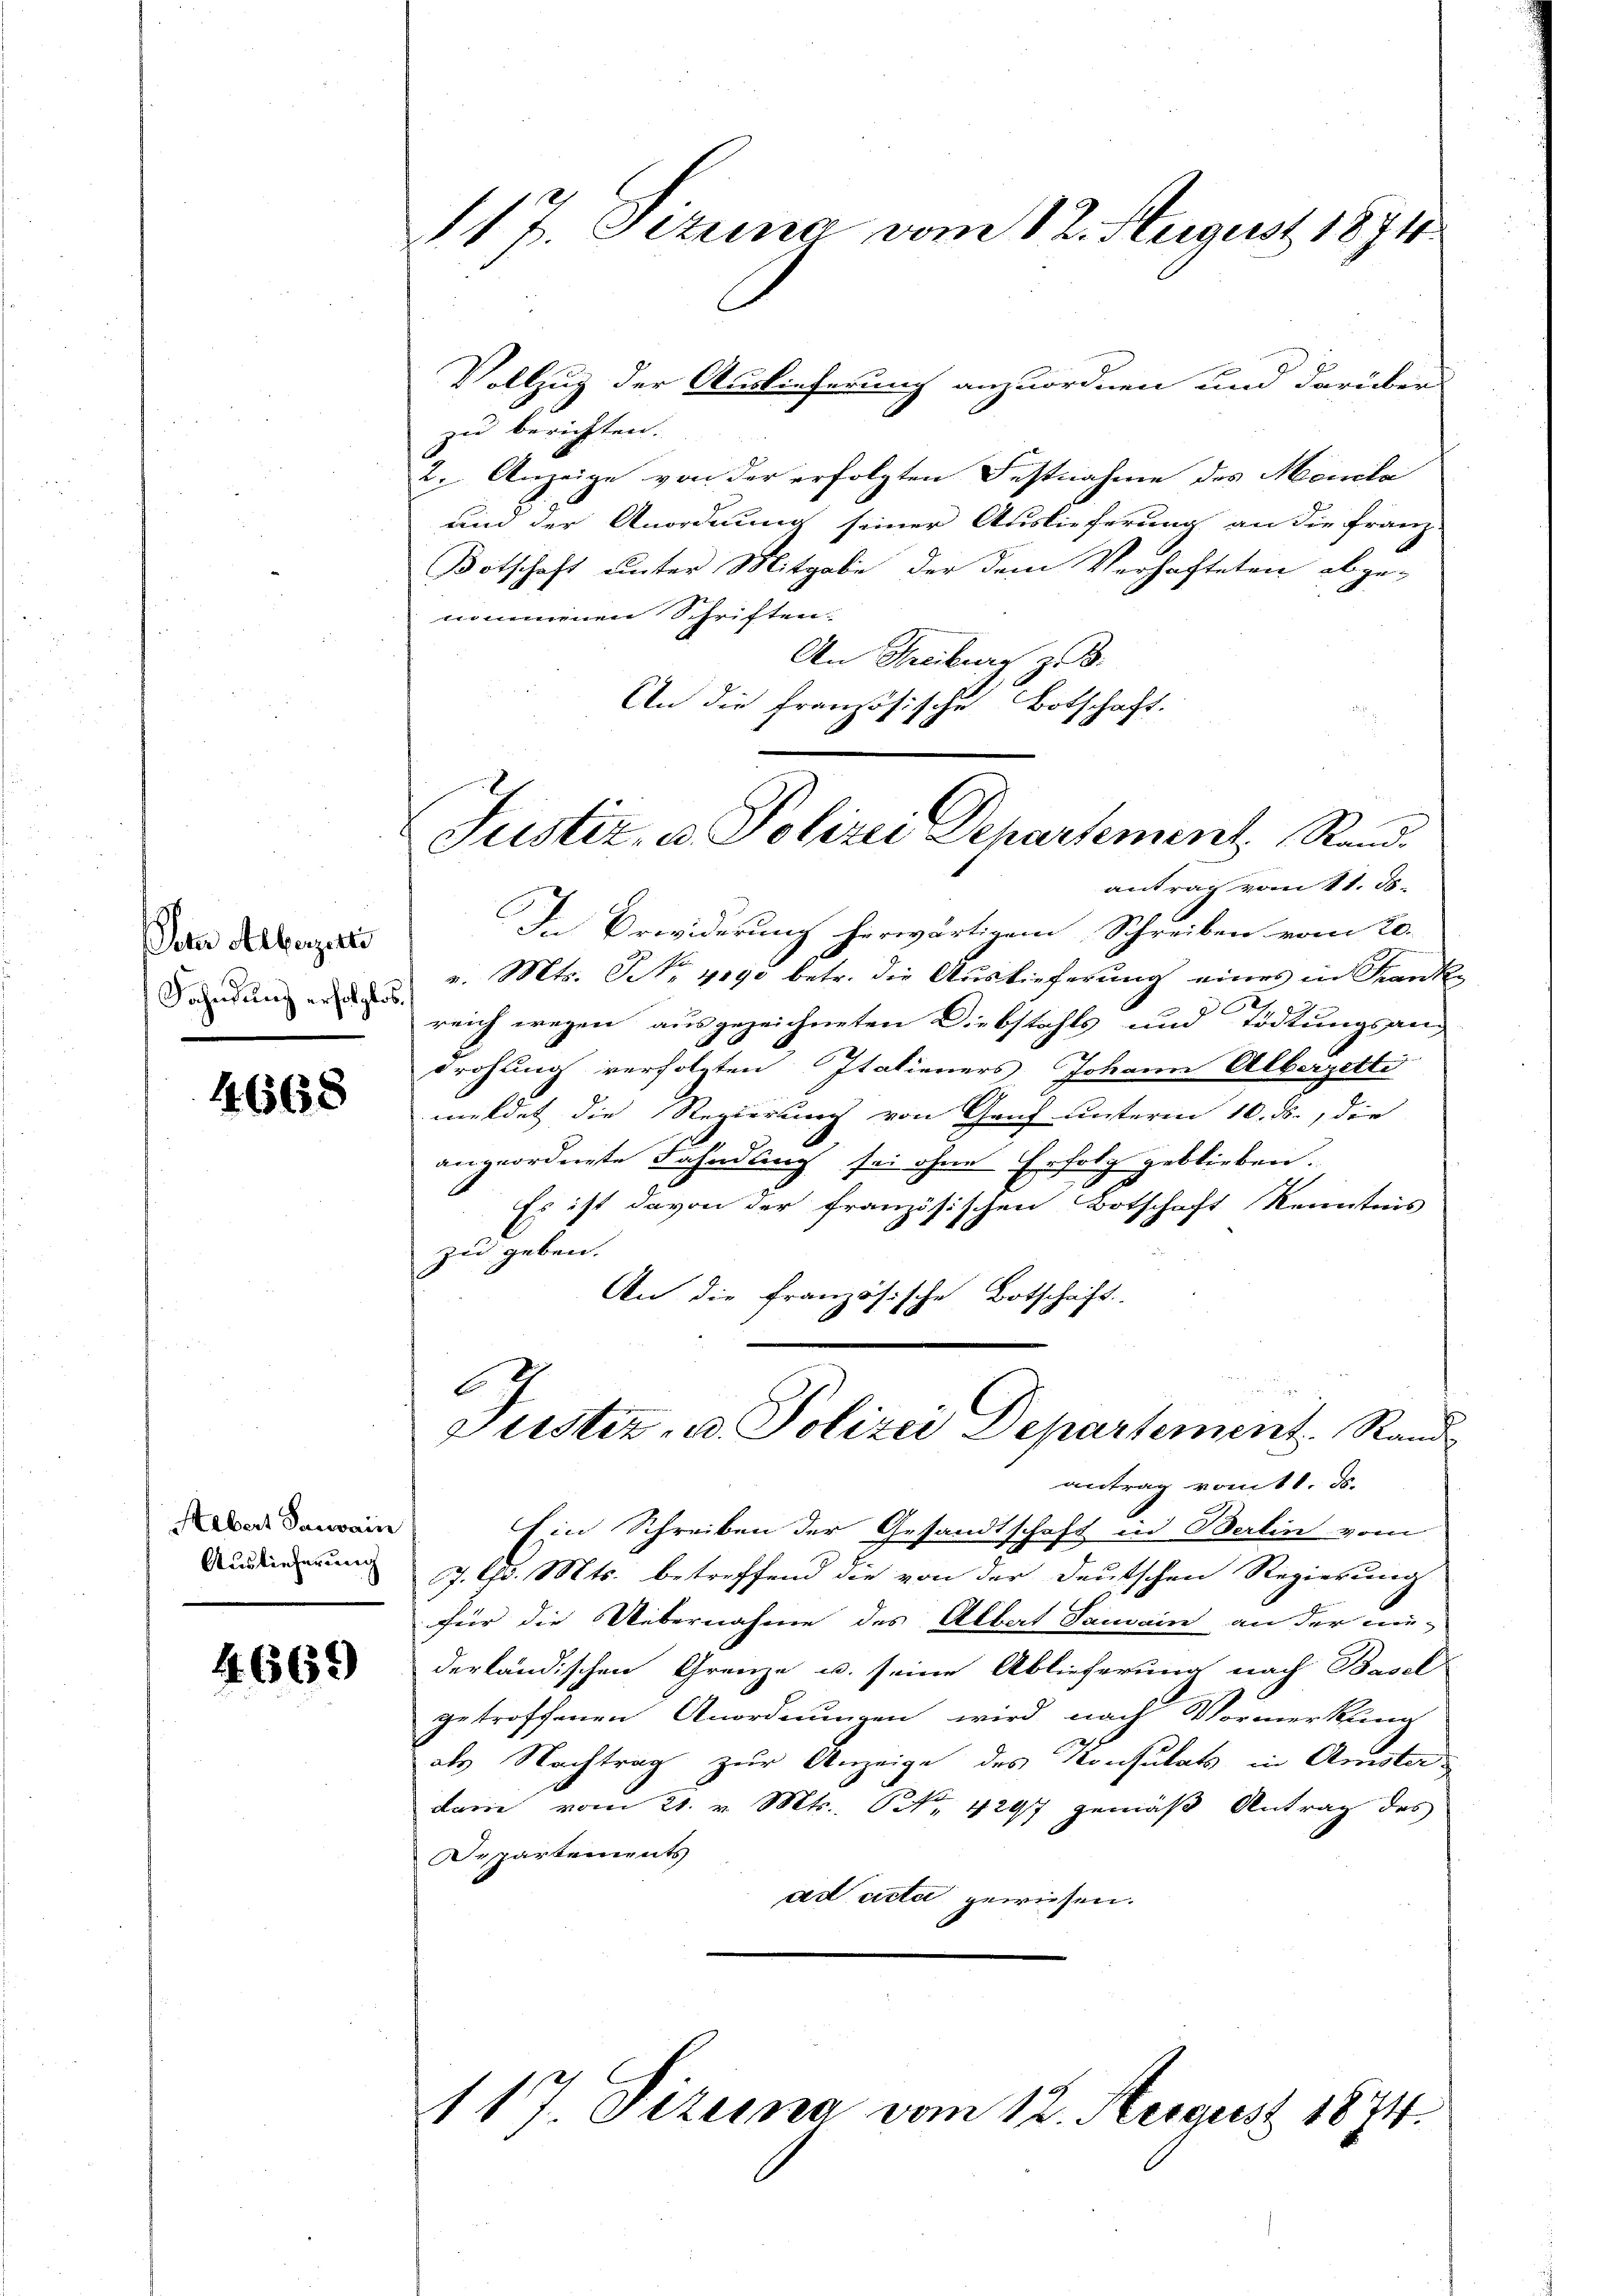
ern Alberzeiti
Fahndung erfolgtes.

4668

Aebert Pauvain
Auslieferung

4.669

17. Jezung vom 12. August 1874

Vollzug der Auslieferung anzuordnen und darüber
zu berichten.
2. Anzeige von der erfolgten Festnahme des Monila
und der Anordnung seiner Auslieferung an die Franz
Botschaft unter Mitgabe der dem Verhafteten abgenommenen Schriften.
An Freiburg z. B.
An die Französische Botschaft.
antrag vom 11. ds.
In Erwiderung herwärtigem Schreiben vom 20.
v. Mts. No. 4090 betr. die Auslieferung eines in Franke
2
reich wegen ausgezeichneten Diebstahls und Tödtungsan-
drohung verfolgten Italieners Johann Albergetti
meldet die Regierung von Gruf unterm 10. ds., die
angeordnete Fahndung sei ohne Erfolg geblieben.
Es ist davon der französischen Botschaft Kenntnis
zu geben.
An die französische Botschaft.
6
Puester, u. Polizei Departement. Rand
antrag vom 11. ds.
Ein Schreiben der Gesandtschaft in Berlin vom
J. Ad. Mts. betreffend die von der deutschen Regierung
für die Uebernahme des Albert Samain an der an-
derländischen Grenze u. seine Ablieferung nach Basel
getroffenen Anordnungen wird nach Vormerkung
als Nachtrag zur Anzeige des Konsulats in Amster
dam vom 21. v. Mts. (N. 42977 gemäß Antrag des
Departements
ad acta gewiesen.

Justiz, u. Polizei Departement Rand.

117. Pizemma vom 12. Aergust 1874.